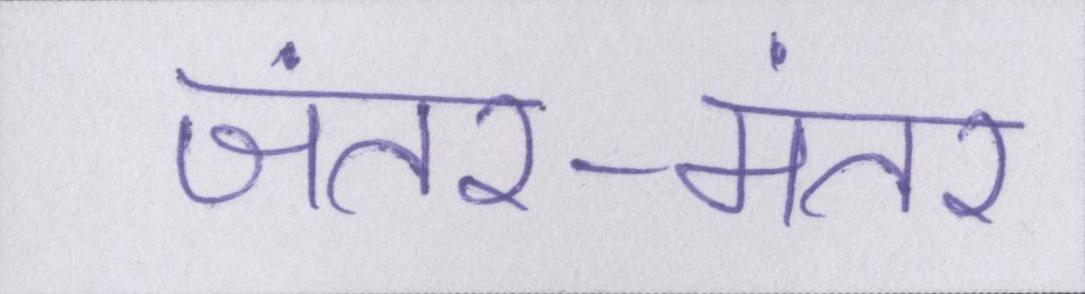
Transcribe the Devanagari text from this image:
जंतर-मंतर